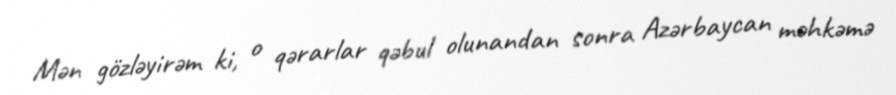
Mən gözləyirəm ki, o qərarlar qəbul olunandan sonra Azərbaycan məhkəmə